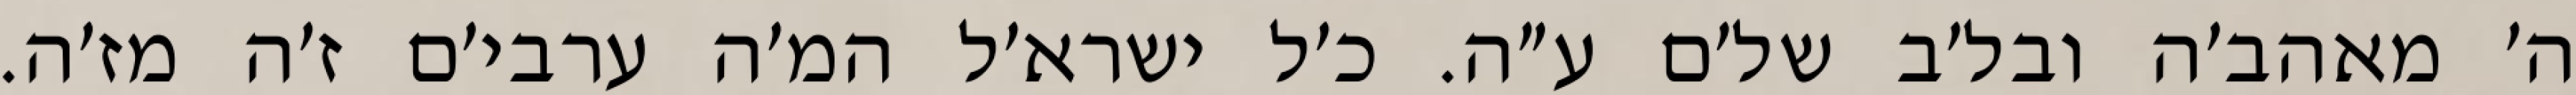
ה׳ מאהב׳ה ובל׳ב של׳ם ע״ה. כ׳ל ישרא׳ל המ׳ה ערבי׳ם ז׳ה מז׳ה.